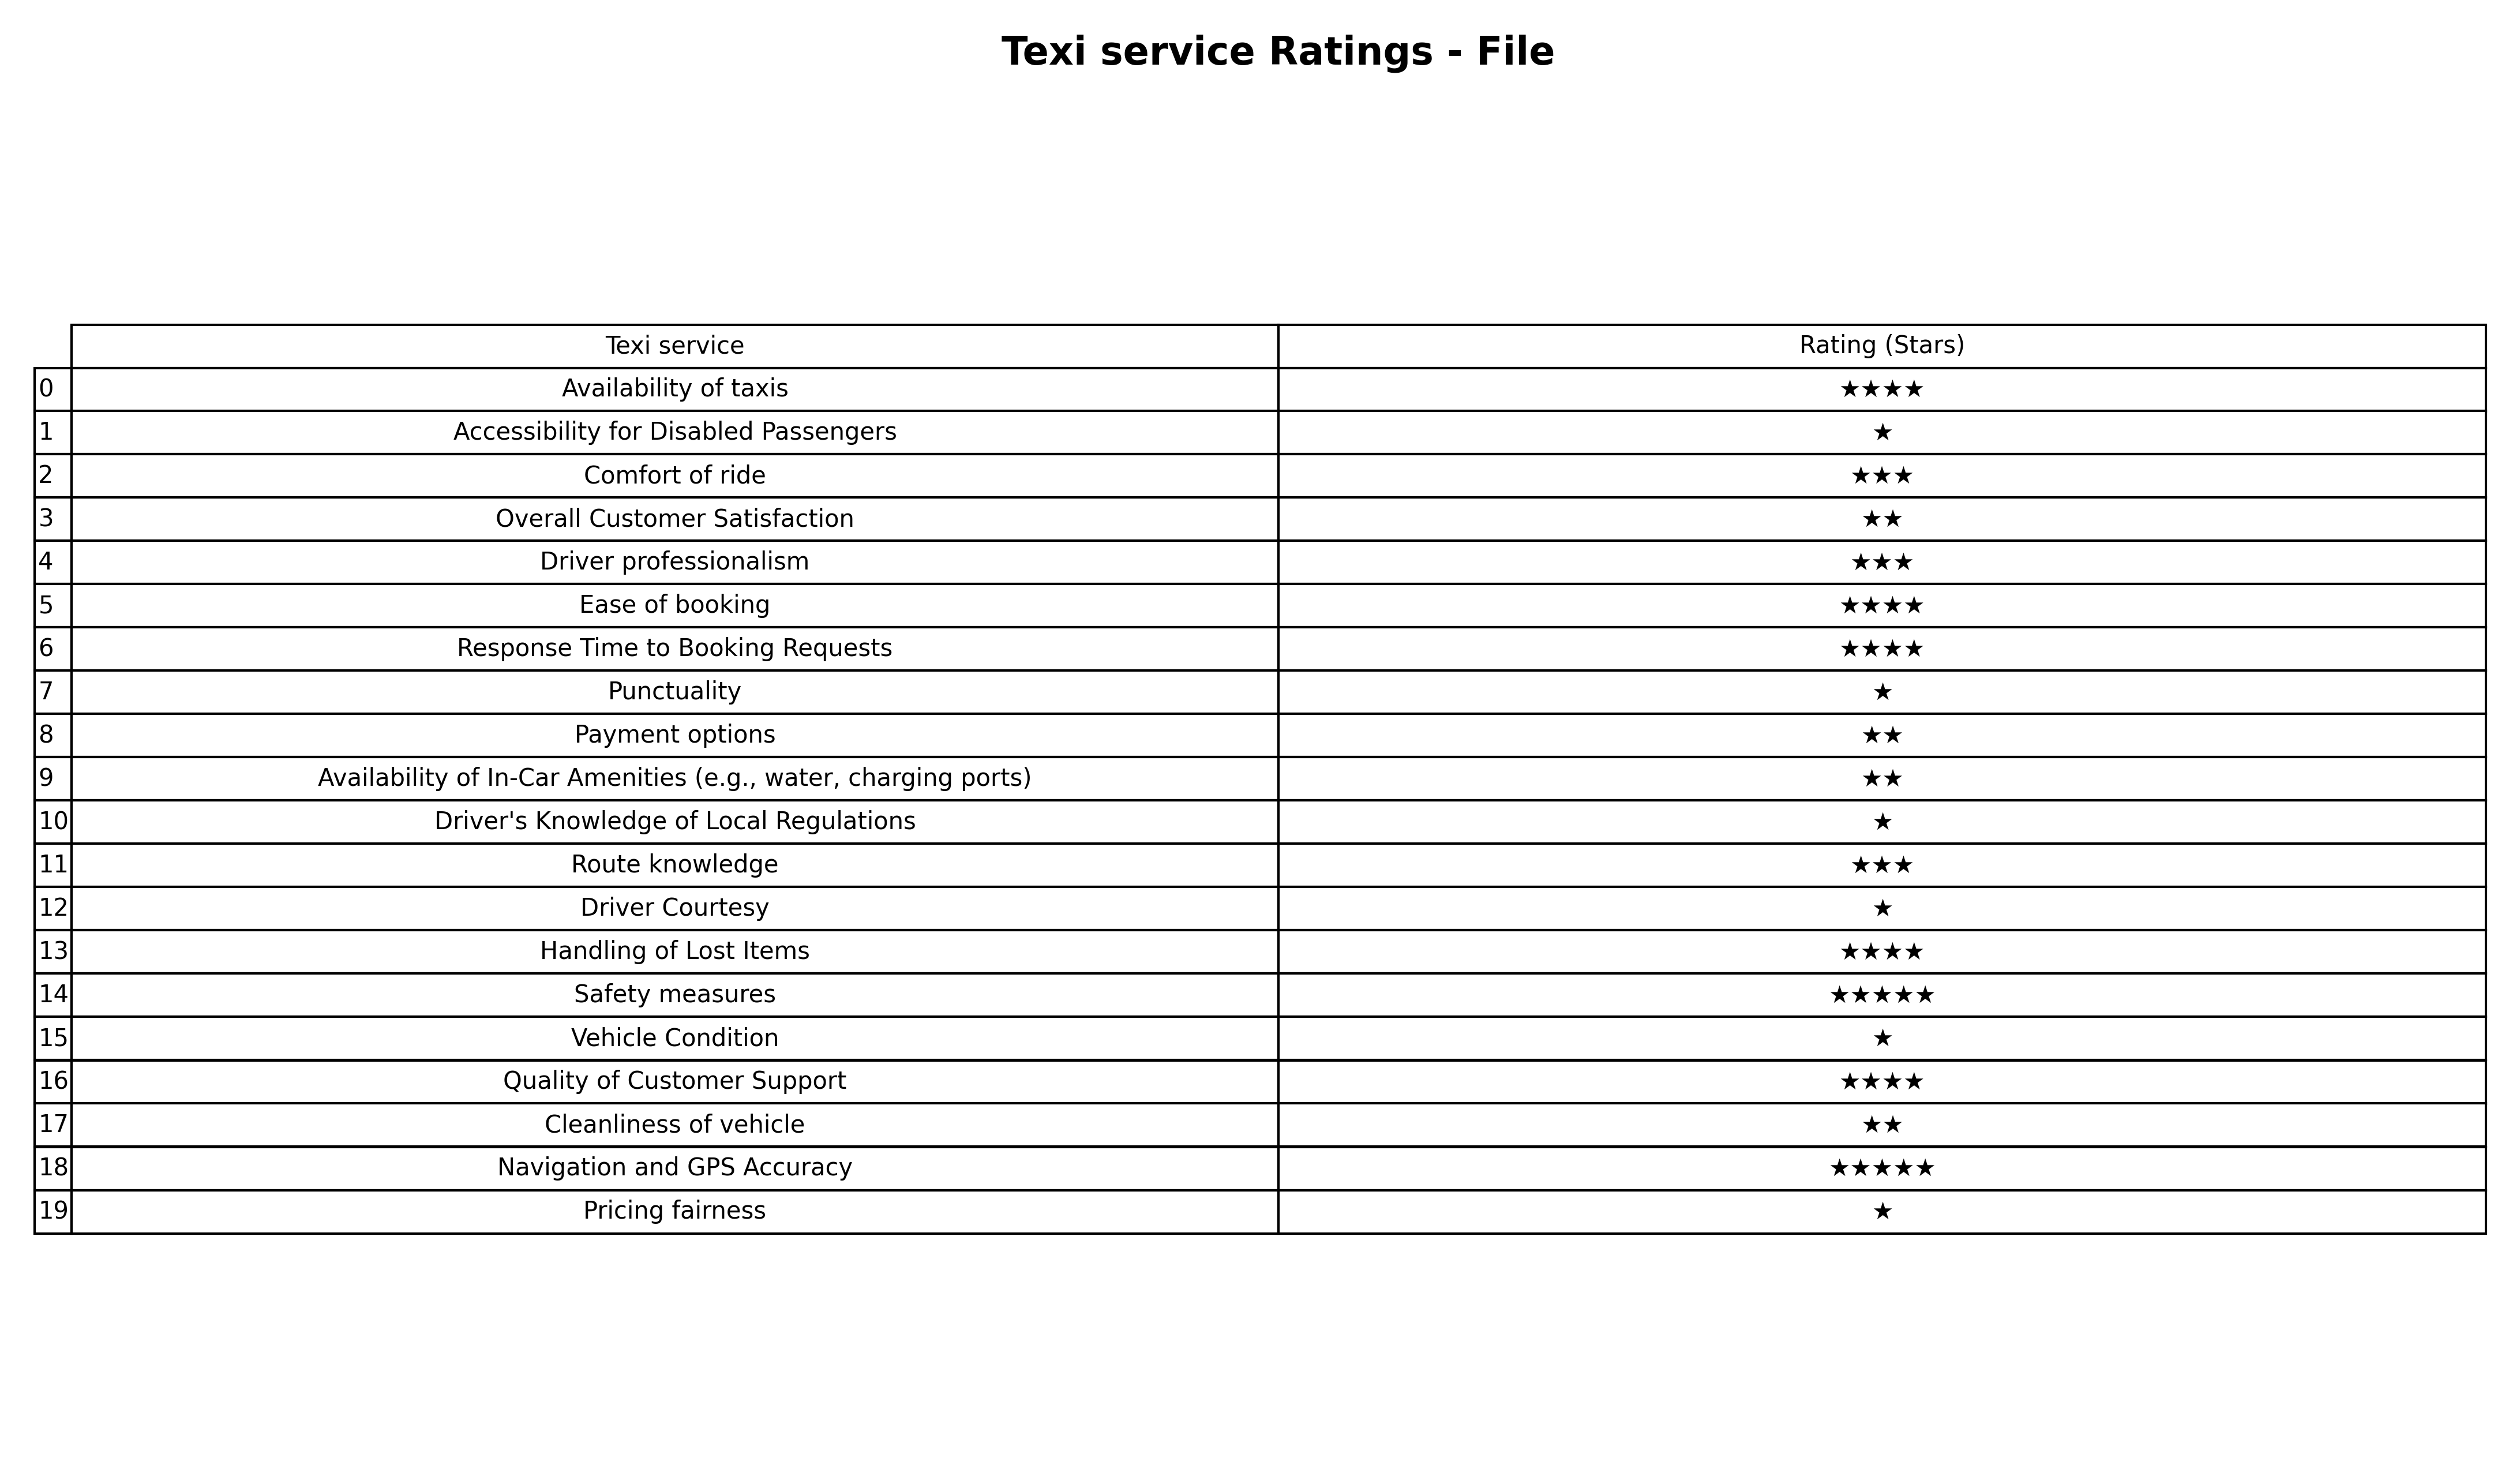
question: Which services are rated average?
answer: Comfort of rideDriver professionalismRoute knowledge